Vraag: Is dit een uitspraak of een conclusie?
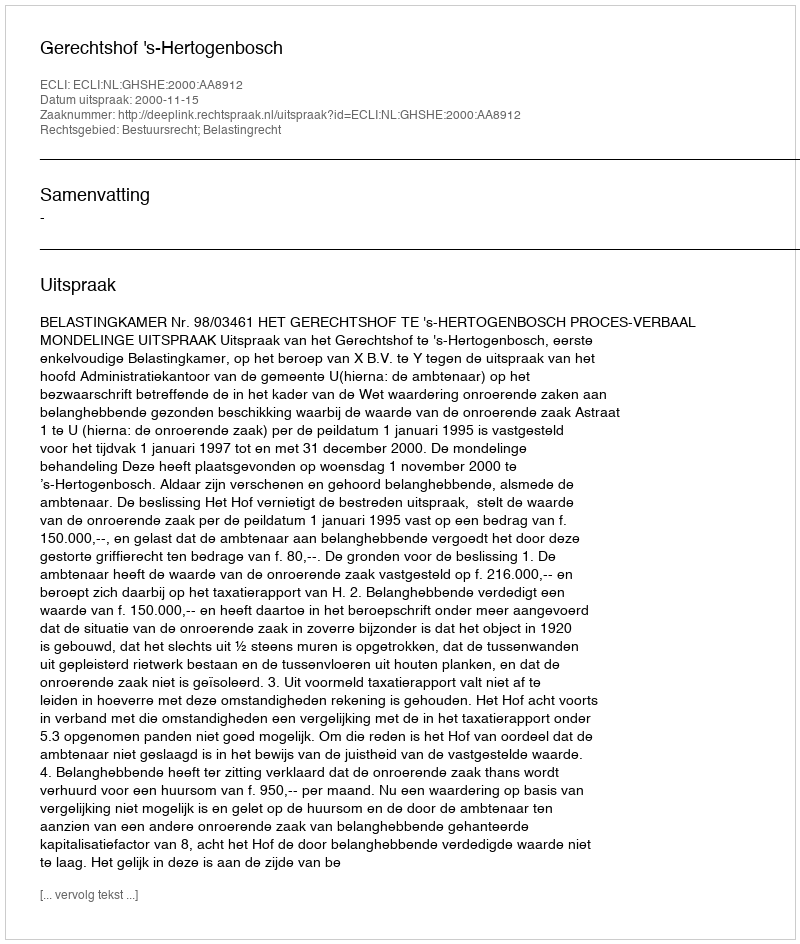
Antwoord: Uitspraak